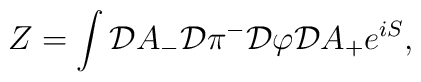
Z=  \int  {\cal D} A_{-}          {\cal D} \pi^{-}          {\cal D} \varphi          {\cal D} A_{+}                          e^{iS},